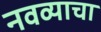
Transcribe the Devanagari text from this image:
नवव्याचा